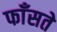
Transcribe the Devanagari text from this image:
फाँसते